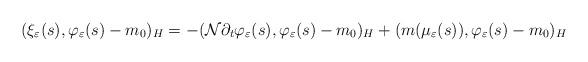
LaTeX: \begin{align*} (\xi_{\varepsilon}(s), \varphi_{\varepsilon}(s)-m_0)_H=- (\mathcal{N}\partial_t \varphi_{\varepsilon} (s), \varphi_{\varepsilon}(s)-m_0)_H+ (m(\mu_{\varepsilon}(s)), \varphi_{\varepsilon}(s)-m_0)_H\end{align*}